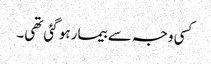
کسی وجہ سے بیمار ہو گئی تھی۔